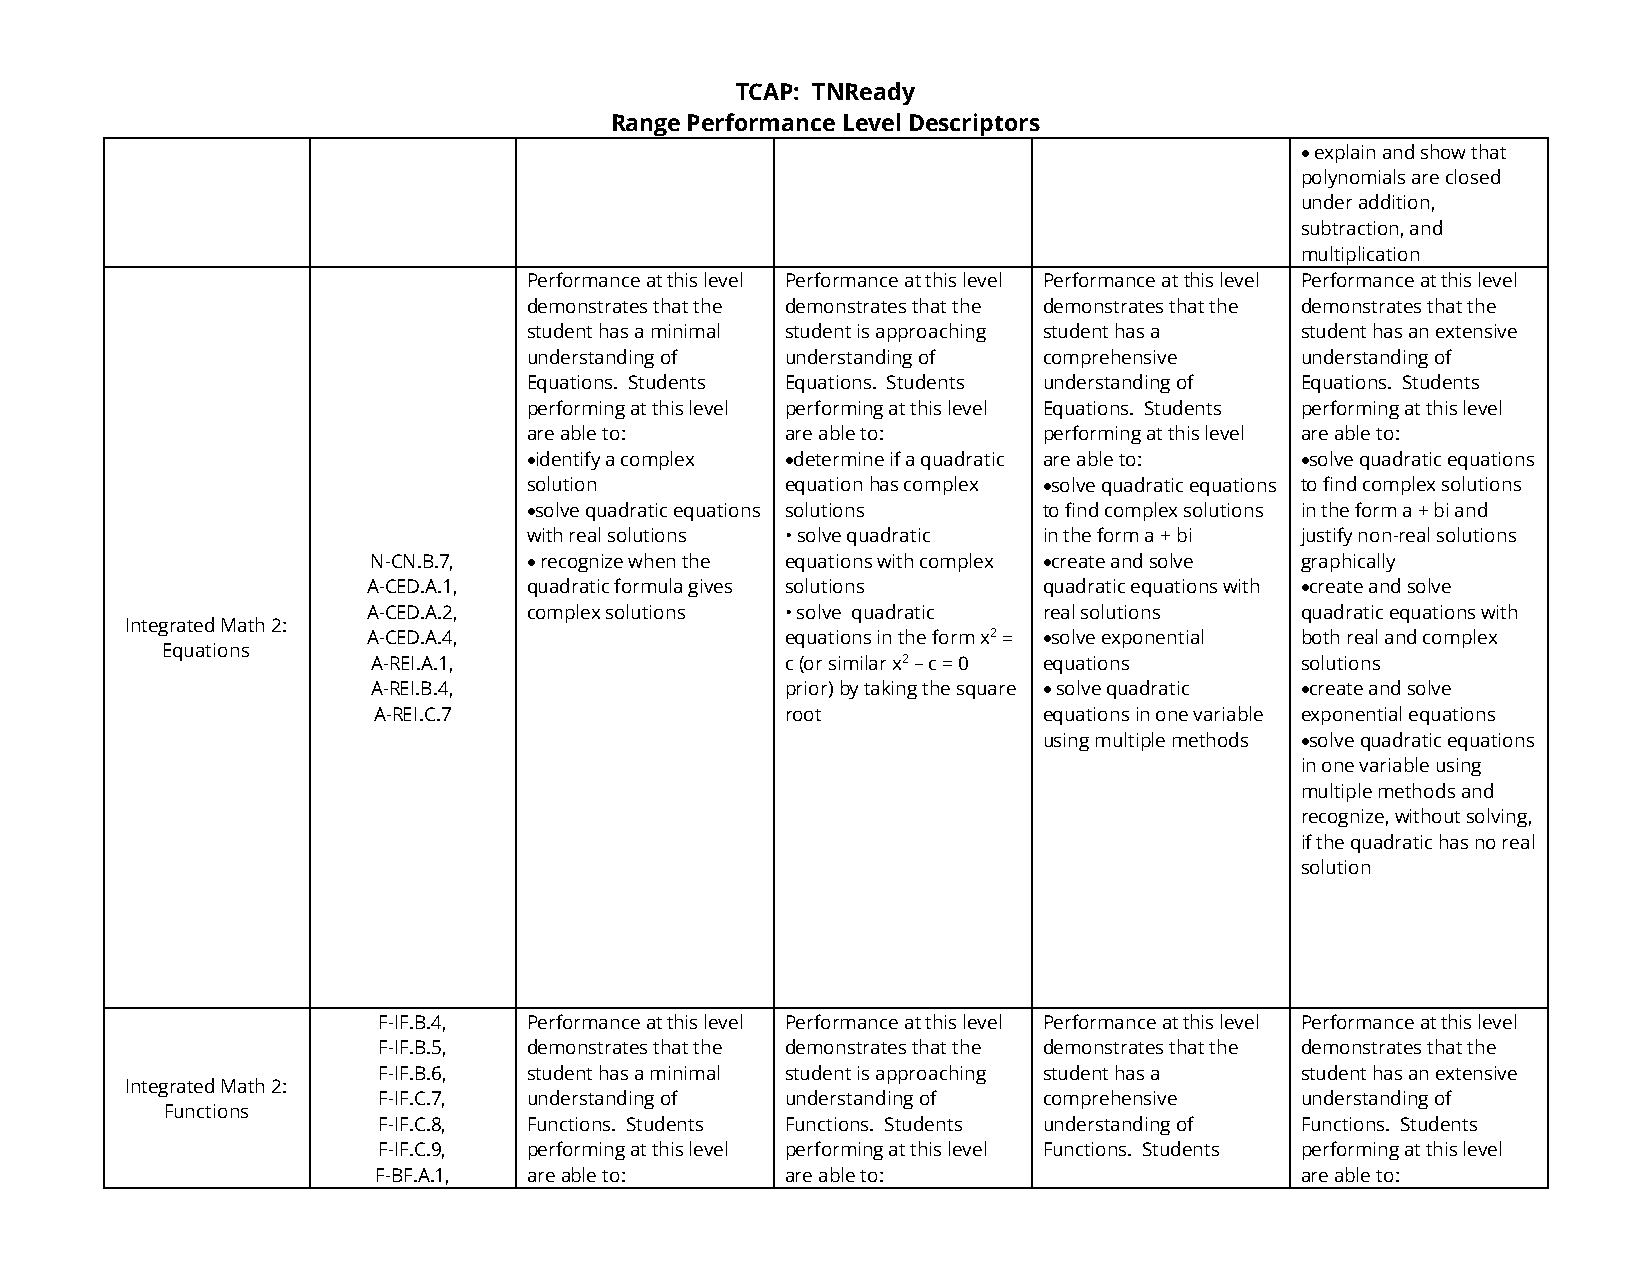
TCAP: TNReady
 Range Performance Level Descriptors
 • explain and show that
 polynomials are closed
 under addition,
 subtraction, and
 multiplication
 Performance at this level Performance at this level Performance at this level Performance at this level
 demonstrates that the demonstrates that the demonstrates that the demonstrates that the
 student has a minimal student is approaching student has a student has an extensive
 understanding of understanding of comprehensive    understanding of
 Equations. Students Equations. Students understanding of Equations. Students
 performing at this level performing at this level Equations. Students performing at this level
 are able to:     are able to:     performing at this level are able to:
 •identify a complex •determine if a quadratic are able to: •solve quadratic equations
 solution         equation has complex •solve quadratic equations to find complex solutions
 •solve quadratic equations solutions to find complex solutions in the form a + bi and
 with real solutions • solve quadratic in the form a + bi justify non-real solutions
 N-CN.B.7,  • recognize when the equations with complex •create and solve graphically
 A-CED.A.1, quadratic formula gives solutions quadratic equations with •create and solve
 A-CED.A.2, complex solutions • solve quadratic real solutions quadratic equations with
 Integrated Math 2:
 A-CED.A.4,                  equations in the form x2 = •solve exponential both real and complex
 Equations
 A-REI.A.1,                 c (or similar x2 – c = 0 equations solutions
 A-REI.B.4,                 prior) by taking the square • solve quadratic •create and solve
 A-REI.C.7                  root             equations in one variable exponential equations
 using multiple methods •solve quadratic equations
 in one variable using
 multiple methods and
 recognize, without solving,
 if the quadratic has no real
 solution
 F-IF.B.4, Performance at this level Performance at this level Performance at this level Performance at this level
 F-IF.B.5, demonstrates that the demonstrates that the demonstrates that the demonstrates that the
 F-IF.B.6, student has a minimal student is approaching student has a student has an extensive
 Integrated Math 2:
 F-IF.C.7, understanding of understanding of comprehensive    understanding of
 Functions
 F-IF.C.8, Functions. Students Functions. Students understanding of Functions. Students
 F-IF.C.9, performing at this level performing at this level Functions. Students performing at this level
 F-BF.A.1, are able to:     are able to:                      are able to: